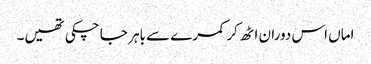
اماں اس دوران اٹھ کر کمرے سے باہر جا چکی تھیں۔